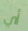
أي